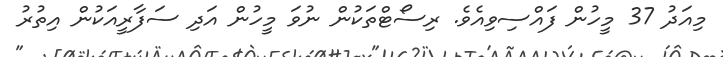
މިއަދު 37 މީހުން ފައްސިވިއެވެ. ރިސޯޓްތަކުން ނުވަ މީހުން އަދި ސަފާރީއަކުން އިތުރު